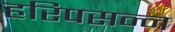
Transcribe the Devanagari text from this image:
हरिपसन्न